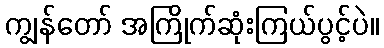
ကျွန်တော် အကြိုက်ဆုံးကြယ်ပွင့်ပဲ။